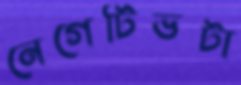
নেগেটিভটা